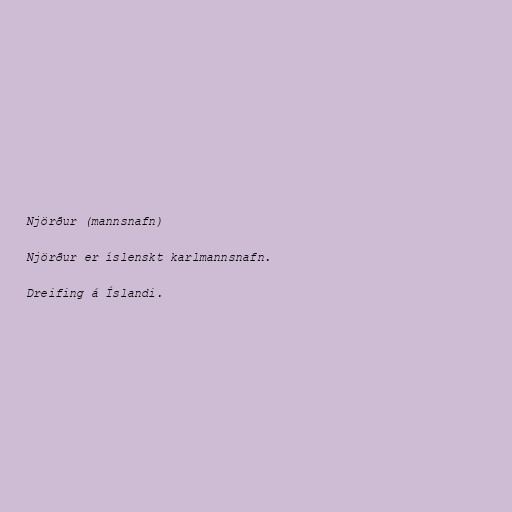
Njörður (mannsnafn)

Njörður er íslenskt karlmannsnafn.

Dreifing á Íslandi.